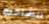
الشاحنه